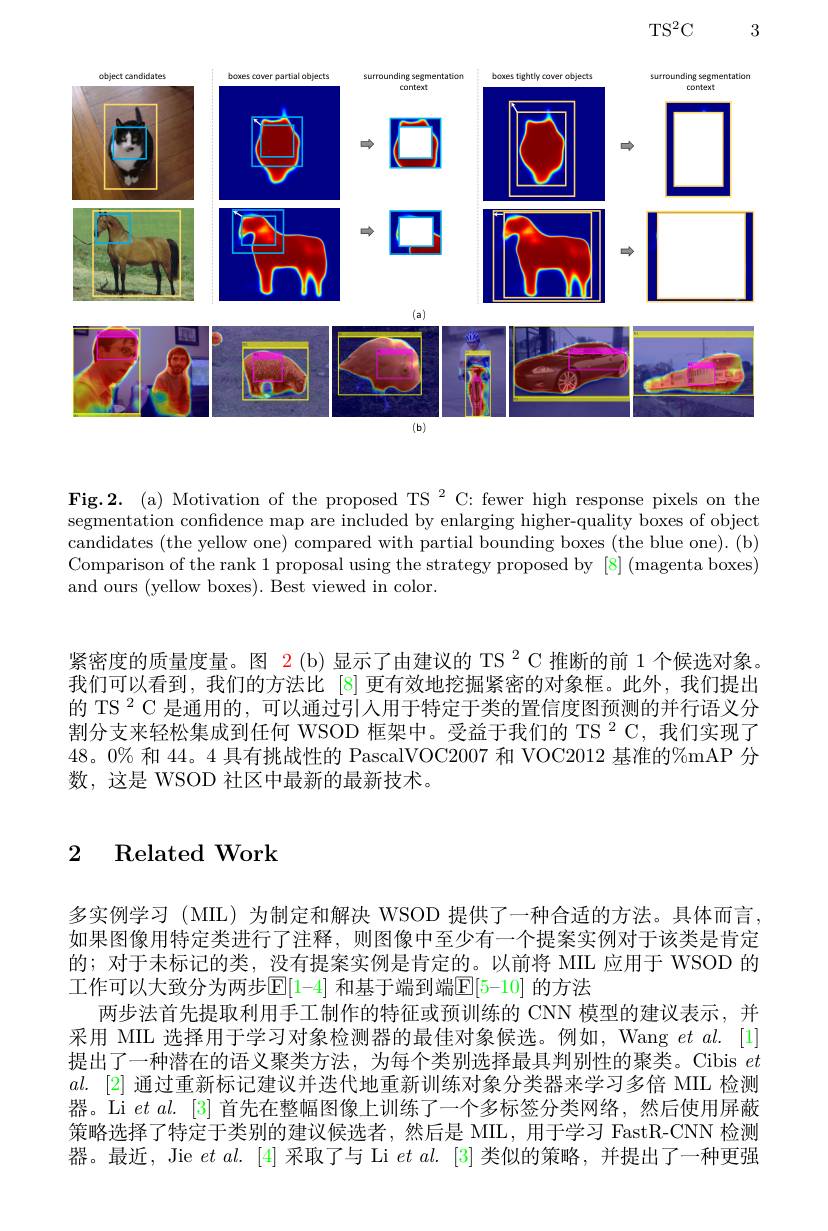
$\mathrm{TS}^{2}$C

3

<FigureHere>

Fig.2. (a) Motivation of the proposed TS $^2$ C: fewer high response pixels on the segmentation confidence map are included by enlarging higher-quality boxes of object candidates (the yellow one) compared with partial bounding boxes (the blue one). (b) Comparison of the rank 1 proposal using the strategy proposed by [8] (magenta boxes) and ours (yellow boxes). Best viewed in color.

紧密度的质量度量。图$\color{red}{2}(\mathrm{b})$显示了由建议的 TS $^2$ C 推断的前 1 个候选对象。我们可以看到，我们的方法比[8]更有效地挖掘紧密的对象框。此外，我们提出的 TS $^{2}$ C 是通用的，可以通过引入用于特定于类的置信度图预测的并行语义分割分支来轻松集成到任何 WSOD 框架中。受益于我们的 TS 2 C, 我们实现了$48。0\%$和44。4具有挑战性的 PascalVOC2007 和 VOC2012 基准的%mAP 分数，这是 WSOD 社区中最新的最新技术。

## 2 Related Work

多实例学习 (MIL) 为制定和解决 WSOD 提供了一种合适的方法。具体而言如果图像用特定类进行了注释，则图像中至少有一个提案实例对于该类是肯定的；对于未标记的类，没有提案实例是肯定的。以前将 MIL 应用于 WSOD 的工作可以大致分为两步$\mathbb{E}[1-4]$ 和基于端到端$\mathbb{E}[5-10]$ 的方法
两步法首先提取利用手工制作的特征或预训练的 CNN 模型的建议表示，并采用 MIL 选择用于学习对象检测器的最佳对象候选。例如，Wang $et\textit{al. [ 1] }$ 提出了一种潜在的语义聚类方法，为每个类别选择最具判别性的聚类。Cibis $et$ $al.$ [2]通过重新标记建议并迭代地重新训练对象分类器来学习多倍 MIL 检测器。Li $etal.[3]$首先在整幅图像上训练了一个多标签分类网络，然后使用屏蔽策略选择了特定于类别的建议候选者，然后是 MIL,用于学习 FastR-CNN 检测器。最近，Jie $et\textit{al. [ 4] 采 取 了 与 Li }et\textit{al. [ 3] 类 似 的 策 略 , 并 提 出 了 一 种 更 强 }$